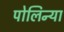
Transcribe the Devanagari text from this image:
पोलिन्या